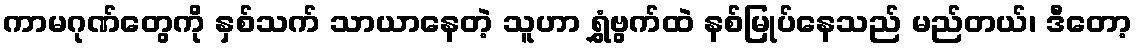
ကာမဂုဏ်တွေကို နှစ်သက် သာယာနေတဲ့ သူဟာ ရွှံဗွက်ထဲ နစ်မြုပ်နေသည် မည်တယ်၊ ဒီတော့